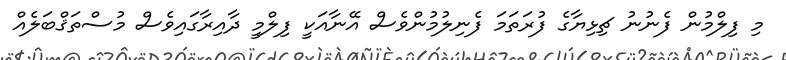
މި ފިލްމުން ފެނުނު ޗިޅިޔާގެ ފުރަތަމަ ފެނިލުމުންވެސް އޭނާއަކީ ފިލްމީ ދާއިރާގައިވެސް މުސްތަޤްބަލެއް